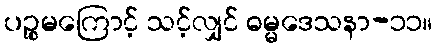
ပဉ္စမကြောင့် သင့်လျှင် ဓမ္မဒေသနာ-၁၁။